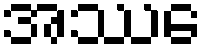
အဿေ